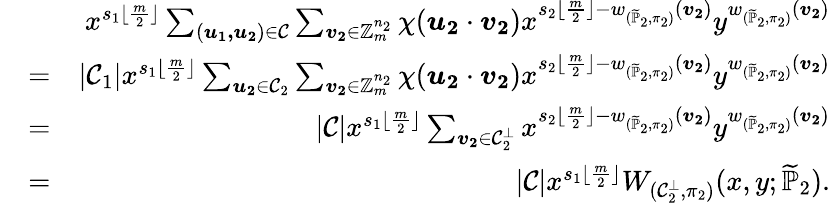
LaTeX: \begin{array}{rlr}&{}&{x^{s_{1}\lfloor\frac{m}{2}\rfloor}\sum_{(\boldsymbol{u_{1},u_{2}})\in\mathcal{C}}\sum_{\boldsymbol{v_{2}}\in\mathbb{Z}_{m}^{n_{2}}}\chi(\boldsymbol{u_{2}}\cdot\boldsymbol{v_{2}})x^{s_{2}\lfloor\frac{m}{2}\rfloor-w_{(\widetilde{\mathbb{P}}_{2},\pi_{2})}(\boldsymbol{v_{2}})}y^{w_{(\widetilde{\mathbb{P}}_{2},\pi_{2})}(\boldsymbol{v_{2}})}}\\ &{=}&{|\mathcal{C}_{1}|x^{s_{1}\lfloor\frac{m}{2}\rfloor}\sum_{\boldsymbol{u_{2}}\in\mathcal{C}_{2}}\sum_{\boldsymbol{v_{2}}\in\mathbb{Z}_{m}^{n_{2}}}\chi(\boldsymbol{u_{2}}\cdot\boldsymbol{v_{2}})x^{s_{2}\lfloor\frac{m}{2}\rfloor-w_{(\widetilde{\mathbb{P}}_{2},\pi_{2})}(\boldsymbol{v_{2}})}y^{w_{(\widetilde{\mathbb{P}}_{2},\pi_{2})}(\boldsymbol{v_{2}})}}\\ &{=}&{|\mathcal{C}|x^{s_{1}\lfloor\frac{m}{2}\rfloor}\sum_{\boldsymbol{v_{2}}\in\mathcal{C}_{2}^{\bot}}x^{s_{2}\lfloor\frac{m}{2}\rfloor-w_{(\widetilde{\mathbb{P}}_{2},\pi_{2})}(\boldsymbol{v_{2}})}y^{w_{(\widetilde{\mathbb{P}}_{2},\pi_{2})}(\boldsymbol{v_{2}})}}\\ &{=}&{|\mathcal{C}|x^{s_{1}\lfloor\frac{m}{2}\rfloor}W_{(\mathcal{C}_{2}^{\bot},\pi_{2})}(x,y;\widetilde{\mathbb{P}}_{2}).}\end{array}